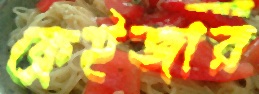
ফ্রেইজার